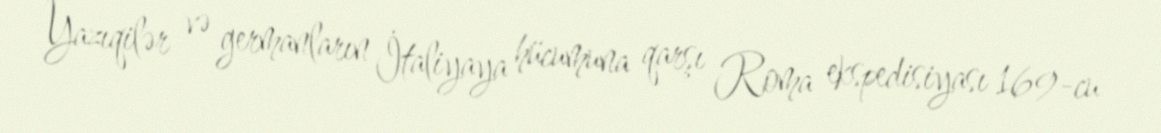
Yazıqilər və germanların İtaliyaya hücumuna qarşı Roma ekspedisiyası 169-cu